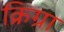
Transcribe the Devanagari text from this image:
क्रिग्रा